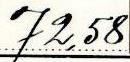
72,58